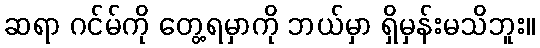
ဆရာ ဂင်မ်ကို တွေ့ရမှာကို ဘယ်မှာ ရှိမှန်းမသိဘူး။